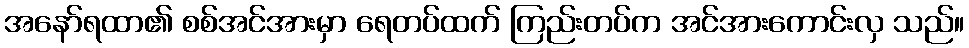
အနော်ရထာ၏ စစ်အင်အားမှာ ရေတပ်ထက် ကြည်းတပ်က အင်အားကောင်းလှ သည်။